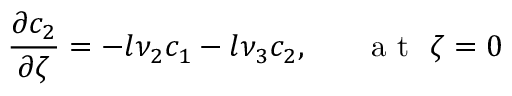
\frac { \partial c _ { 2 } } { \partial \zeta } = - l \nu _ { 2 } c _ { 1 } - l \nu _ { 3 } c _ { 2 } , ~ ~ ~ ~ ~ \mathrm { ~ a ~ t ~ } ~ \zeta = 0